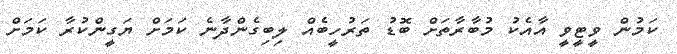
ކަމުން ވީޓީވީ އާއެކު މުބާރާތަށް ބޮޑު ތަރުހީބެއް ލިބިގެންދާނެ ކަމަށް ޔަގީންކުރާ ކަމަށް